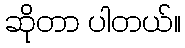
ဆိုတာ ပါတယ်။